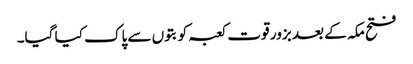
فتح مکہ کے بعد بزور قوت کعبہ کو بتوں سے پاک کیا گیا۔